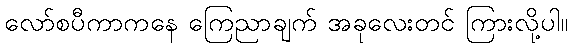
လော်စပီကာကနေ ကြေညာချက် အခုလေးတင် ကြားလို့ပါ။